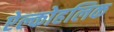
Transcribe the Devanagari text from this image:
ऐल्कोहलिक